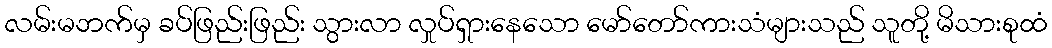
လမ်းမဘက်မှ ခပ်ဖြည်းဖြည်း သွားလာ လှုပ်ရှားနေသော မော်တော်ကားသံများသည် သူတို့ မိသားစုထံ